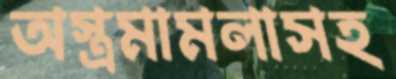
অস্ত্রমামলাসহ